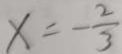
x = - \frac { 2 } { 3 }